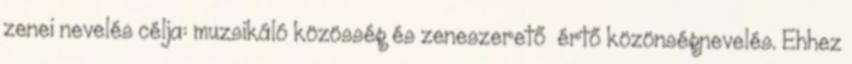
zenei nevelés célja: muzsikáló közösség és zeneszerető értő közönségnevelés. Ehhez